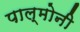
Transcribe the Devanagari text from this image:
पाल्मोनी